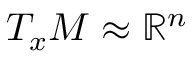
T _ { x } M \approx \mathbb { R } ^ { n }